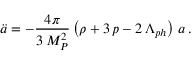
\ddot { a } = - \frac { 4 \pi } { 3 \, M _ { P } ^ { 2 } } \left( \rho + 3 \, p - 2 \, \Lambda _ { p h } \right) \, a \, .